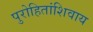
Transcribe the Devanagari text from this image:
पुरोहितांशिवाय